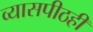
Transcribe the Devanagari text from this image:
व्यासपीठही